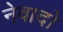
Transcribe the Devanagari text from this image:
नेवादो